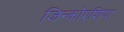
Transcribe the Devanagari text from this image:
जिन्कोएशिया